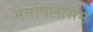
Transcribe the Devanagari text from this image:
मत्तविलासम